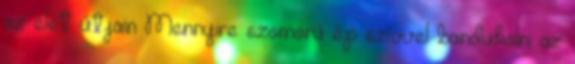
az élet útjain Mennyire szomorú ép szívvel bandukolni az